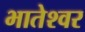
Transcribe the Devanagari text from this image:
भातेश्वर